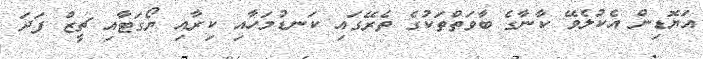
އަޔޮޑިން އެކުލެވޭ ކާނާގެ ބާވަތްތަކުގެ ތެރޭގައި ކަނޑުމަހާއި ކިރާއި ޔޯގަޓާއި ޗީޒް ފަދަ